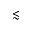
\lesssim